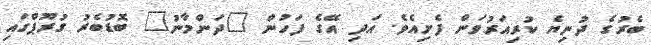
ބެރުގެ ދުނިޔެ ކުރިއަރުވަން ފެށިއެވެ. އަދި އޭގެ ފަހުން "ދަންމާނު" ބޮޑުބެރު ގުރޫޕްގައި